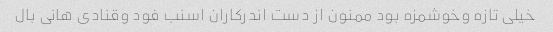
خیلی تازه وخوشمزه بود ممنون از دست اندرکاران اسنب فود وقنادی هانی بال